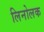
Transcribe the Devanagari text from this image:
लिनोलक